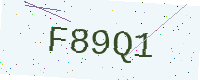
Text: F89Q1